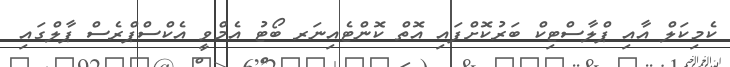
ކެމިކަލް އާއި ޕްލާސްޓިކް ބަރުކޮށްފައި އޮތް ކޮންޓެއިނަރ ބޯޓު އެމްވީ އެކްސްޕްރެސް ޕާލްގައި